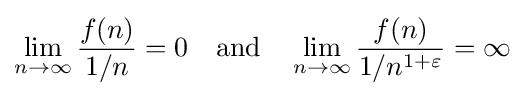
\lim _{n\to \infty }{\frac {f(n)}{1/n}}=0\quad {\text{and}}\quad \lim _{n\to \infty }{\frac {f(n)}{1/n^{1+\varepsilon }}}=\infty